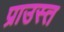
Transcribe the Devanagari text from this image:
प्राउस्त